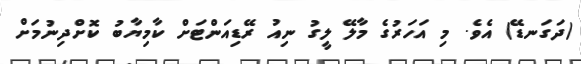
(ދަގަނޑޭ) އެވެ. މި އަހަރުގެ މާލޭ ލީގު ނިއު ރޭޑިއަންޓަށް ކާމިޔާބު ކޮށްދިނުމަށް